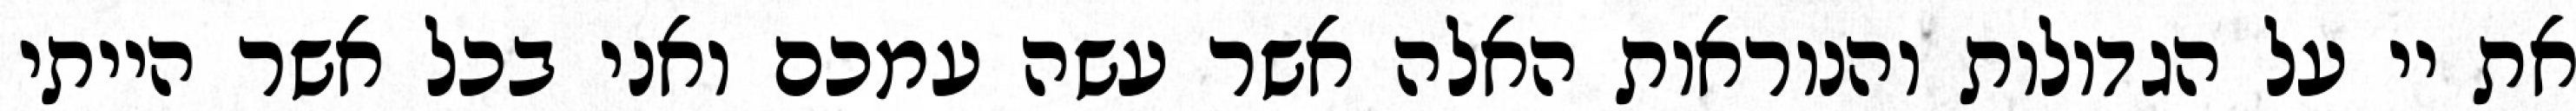
את יי על הגדולות והנוראות האלה אשר עשה עמכם ואני בכל אשר הייתי